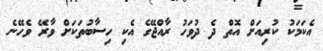
އެކަމަކު ކުރިއަށް އޮތް ދެ ދުވަހު ރާއްޖޭގެ އެކި ހިސާބުތަކަށް ވާރޭ ވެހޭނެ